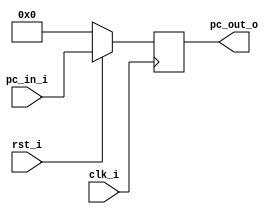
//Subject:     CO project 2 - PC
//--------------------------------------------------------------------------------
//Version:     1
//--------------------------------------------------------------------------------
//Writer:      (0516034) (0516313)
//----------------------------------------------
//----------------------------------------------
//Description: 
//--------------------------------------------------------------------------------

module ProgramCounter(
    clk_i,
	rst_i,
	pc_in_i,
	pc_out_o
	);
     
//I/O ports
input           clk_i;
input	        rst_i;
input  [32-1:0] pc_in_i;
output [32-1:0] pc_out_o;
 
//Internal Signals
reg    [32-1:0] pc_out_o;
 
//Parameter

    
//Main function
always @(posedge clk_i) begin
    if(~rst_i)
	    pc_out_o <= 0;
	else
	    pc_out_o <= pc_in_i;
end

endmodule